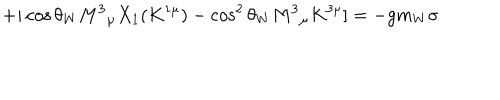
+ i \cos \theta _ { W } M ^ { 3 } { } _ { \mu } X _ { 1 } ( K ^ { 1 \mu } ) - \cos ^ { 2 } \theta _ { W } M ^ { 3 } { } _ { \mu } K ^ { 3 \mu } ] = - g m _ { W } \sigma